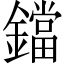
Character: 鐺